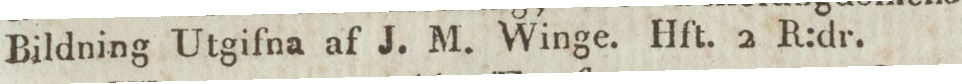
Bildning Utgifna af J. M. Winge. Hft. 2 R:dr.